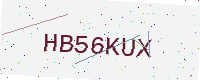
Text: HB56KUX